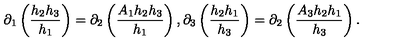
\partial _ { 1 } \left( \frac { h _ { 2 } h _ { 3 } } { h _ { 1 } } \right) = \partial _ { 2 } \left( \frac { A _ { 1 } h _ { 2 } h _ { 3 } } { h _ { 1 } } \right) , \partial _ { 3 } \left( \frac { h _ { 2 } h _ { 1 } } { h _ { 3 } } \right) = \partial _ { 2 } \left( \frac { A _ { 3 } h _ { 2 } h _ { 1 } } { h _ { 3 } } \right) .